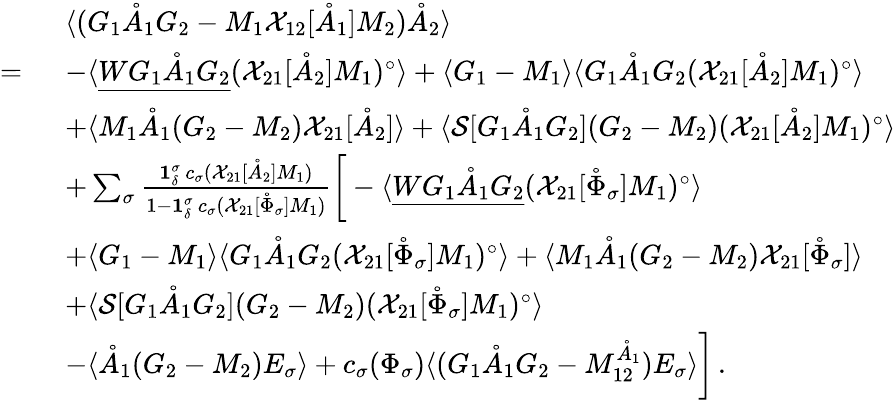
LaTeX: \begin{array}{rl}&{\langle(G_{1}\mathring{A}_{1}G_{2}-M_{1}\mathcal{X}_{12}[\mathring{A}_{1}]M_{2})\mathring{A}_{2}\rangle}\\ {=\ }&{-\langle\underline{{WG_{1}\mathring{A}_{1}G_{2}}}({\mathcal{X}}_{21}[\mathring{A}_{2}]M_{1})^{\circ}\rangle+\langle G_{1}-M_{1}\rangle\langle G_{1}\mathring{A}_{1}G_{2}({\mathcal{X}}_{21}[\mathring{A}_{2}]M_{1})^{\circ}\rangle}\\ &{+\langle M_{1}\mathring{A}_{1}(G_{2}-M_{2}){\mathcal{X}}_{21}[\mathring{A}_{2}]\rangle+\langle\mathcal{S}[G_{1}\mathring{A}_{1}G_{2}](G_{2}-M_{2})({\mathcal{X}}_{21}[\mathring{A}_{2}]M_{1})^{\circ}\rangle}\\ &{+\sum_{\sigma}\frac{\mathbf{1}_{\delta}^{\sigma}\, c_{\sigma}({\mathcal{X}}_{21}[\mathring{A}_{2}]M_{1})}{1-\mathbf{1}_{\delta}^{\sigma}\, c_{\sigma}({\mathcal{X}}_{21}[\mathring{\Phi}_{\sigma}]M_{1})}\bigg[-\langle\underline{{WG_{1}\mathring{A}_{1}G_{2}}}({\mathcal{X}}_{21}[\mathring{\Phi}_{\sigma}]M_{1})^{\circ}\rangle}\\ &{+\langle G_{1}-M_{1}\rangle\langle G_{1}\mathring{A}_{1}G_{2}({\mathcal{X}}_{21}[\mathring{\Phi}_{\sigma}]M_{1})^{\circ}\rangle+\langle M_{1}\mathring{A}_{1}(G_{2}-M_{2}){\mathcal{X}}_{21}[\mathring{\Phi}_{\sigma}]\rangle}\\ &{+\langle\mathcal{S}[G_{1}\mathring{A}_{1}G_{2}](G_{2}-M_{2})({\mathcal{X}}_{21}[\mathring{\Phi}_{\sigma}]M_{1})^{\circ}\rangle}\\ &{-\langle\mathring{A}_{1}(G_{2}-M_{2})E_{\sigma}\rangle+c_{\sigma}(\Phi_{\sigma})\langle(G_{1}\mathring{A}_{1}G_{2}-M_{12}^{\mathring{A}_{1}})E_{\sigma}\rangle\bigg]\, .}\end{array}